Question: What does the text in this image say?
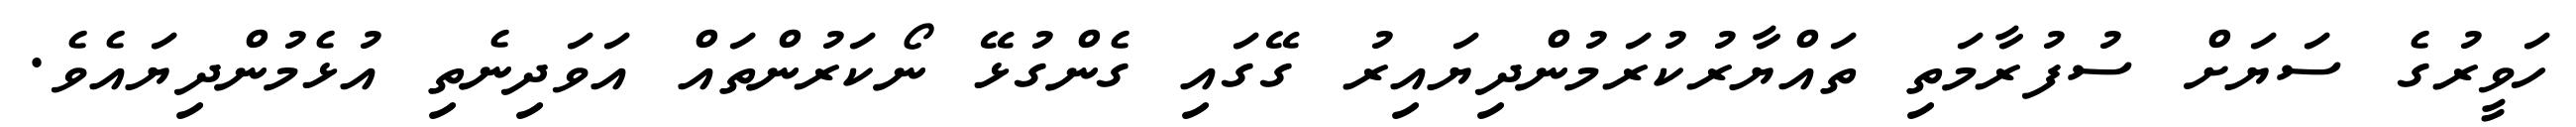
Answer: ހަވީރުގެ ސަޔަށް ސުފުރާމަތި ތައްޔާރުކުރަމުންދިޔައިރު ގޭގައި ގެންގުޅޭ ނޯކަރުންތައް އަވަދިނެތި އުޅެމުންދިޔައެވެ.